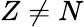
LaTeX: Z\neq N